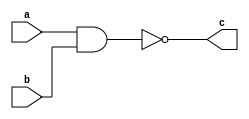
module NAND_dig(
    input a,
    input b,
    output c
    );
    assign c=~(a&b);
endmodule